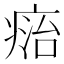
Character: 𤷩